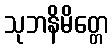
သုဘနိမိတ္တေ